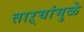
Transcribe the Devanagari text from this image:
ताऱ्यांमुळे